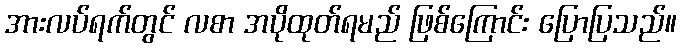
အားလပ်ရက်တွင် လစာ အပိုထုတ်ရမည် ဖြစ်ကြောင်း ပြောပြသည်။